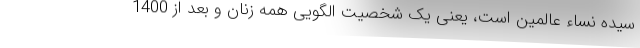
سیده نساء عالمین است، یعنی یک شخصیت الگویی همه زنان و بعد از 1400